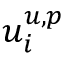
u _ { i } ^ { u , p }